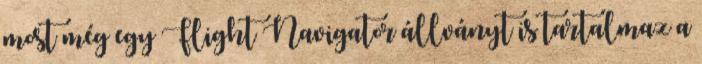
most még egy Flight Navigator állványt is tartalmaz a